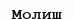
Молиш